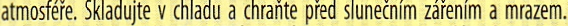
atmosfere. Skladujte v chladu a chrante pred slunecnim zarenim a mrazem.